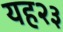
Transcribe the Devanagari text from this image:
यह२३